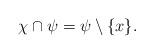
LaTeX: \begin{align*}\chi \cap \psi = \psi \setminus \{x\}.\end{align*}